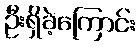
ဦးရှိခဲ့ကြောင်း